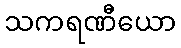
သကရဏီယော